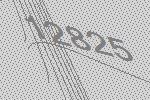
12825